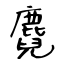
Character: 麑